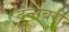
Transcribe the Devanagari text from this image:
दून्सबरी